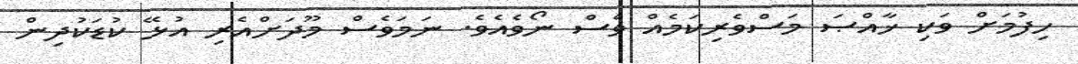
ހިފުމަށް ވަކި ޚާއްޞަ މަސްވެރިކަމެއް ވެސް ނޯވެއެވެ. ނަމަވެސް މޫދަށްއެރި އުޅޭ ކުޑަކުދިން